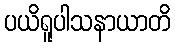
ပယိရူပါသနာယာတိ